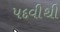
પદવીથી